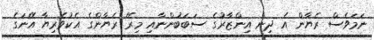
ނަމަވެސް ރެޔާން އެ ދިން އިންޒާރުގެ ސަބަބުންނާއި މިރޭ ރެޔާންގެ އެކުވެރިޔާ އޭނަގެ